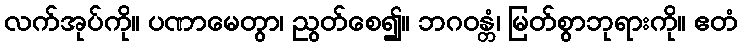
လက်အုပ်ကို။ ပဏာမေတွာ၊ ညွတ်စေ၍။ ဘဂဝန္တံ၊ မြတ်စွာဘုရားကို။ ဧတံ